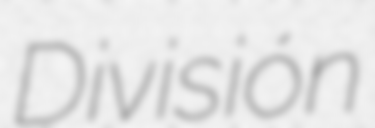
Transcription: División